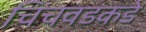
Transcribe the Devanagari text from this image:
चिंचवडकडे